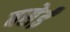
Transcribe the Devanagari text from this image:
बसेईं